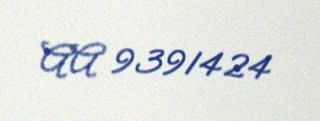
AA 9391424